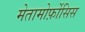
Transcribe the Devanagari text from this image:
मेतामोर्फ़ोसिस